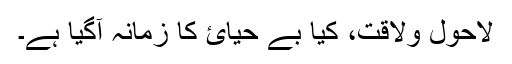
لاحول ولاقت، کیا بے حیائ کا زمانہ آگیا ہے۔